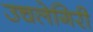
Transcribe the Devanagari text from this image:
उचलेगिरी